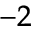
^ { - 2 }